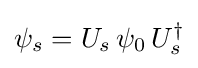
\psi _{s}=U_{s}\,\psi _{0}\,U_{s}^{\dagger }